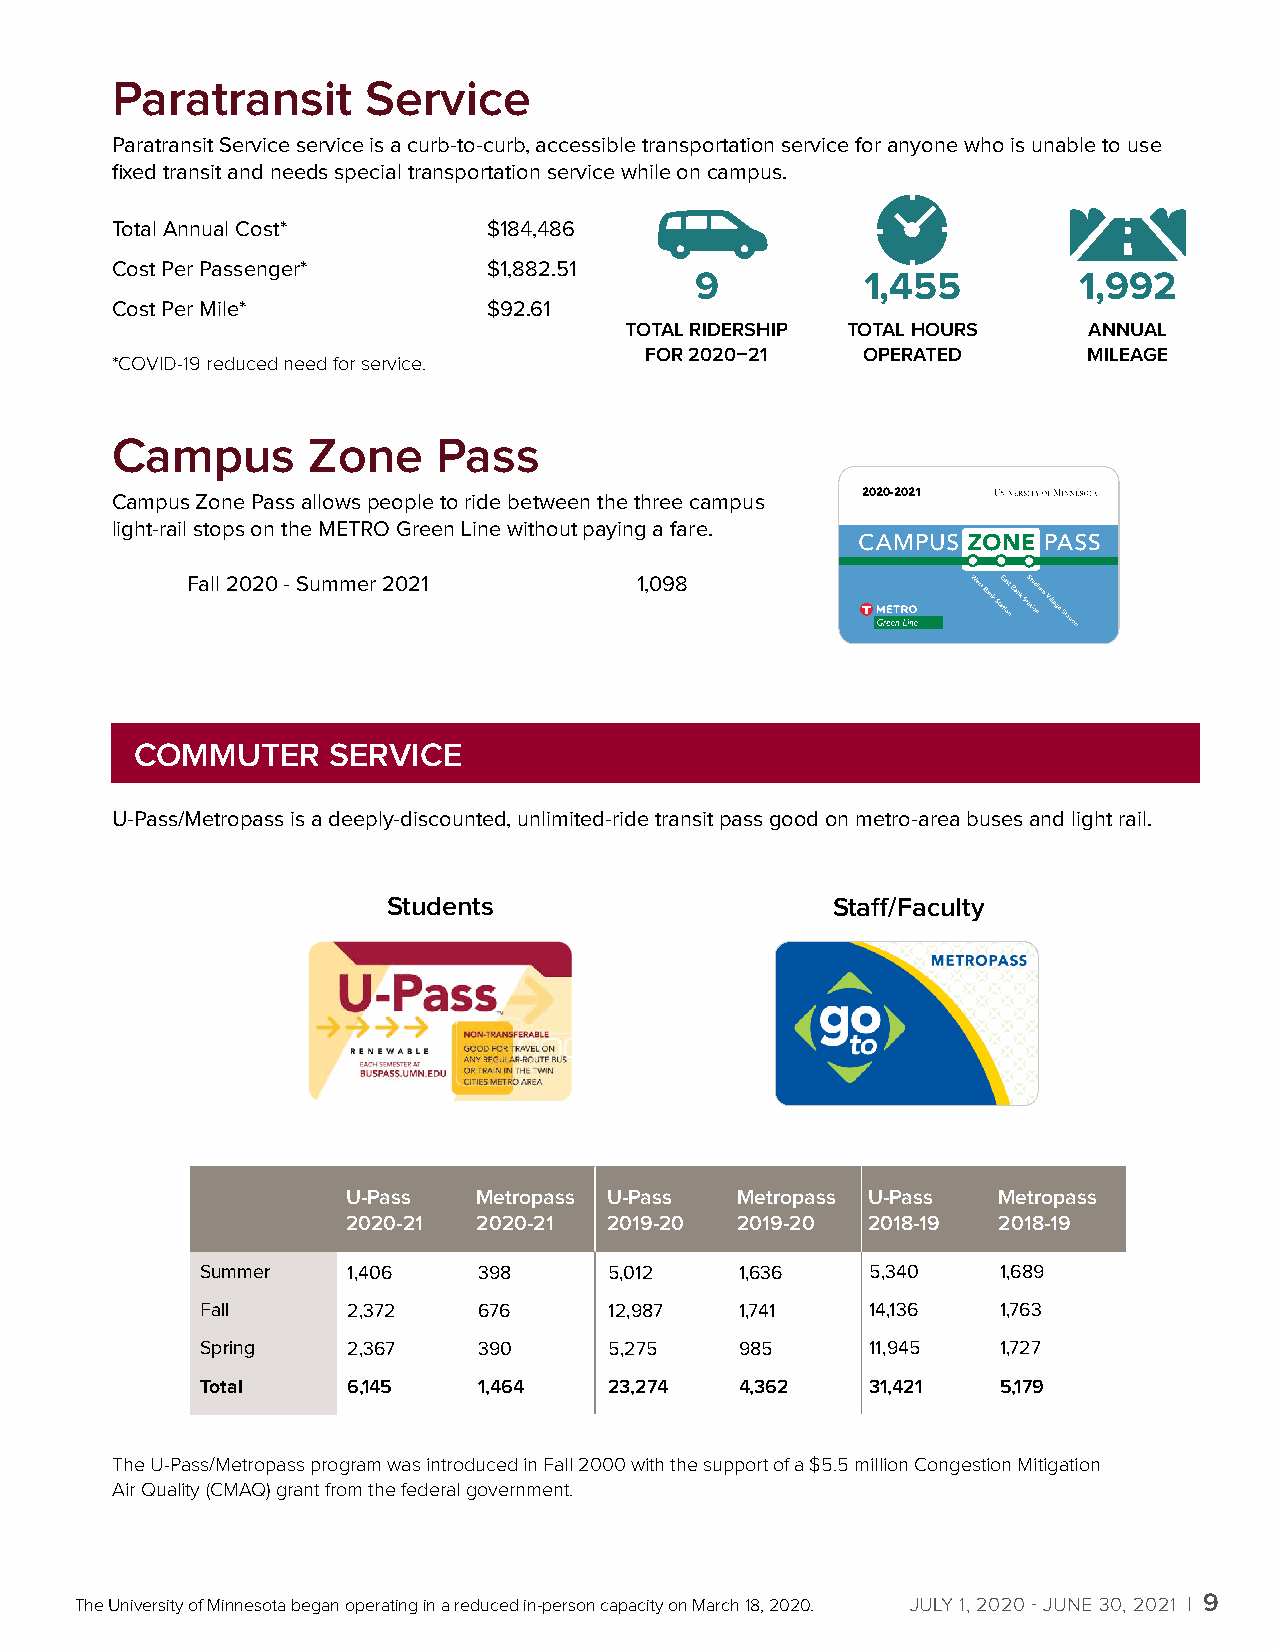
Paratransit      Service
 Pg 9 Paratransit Service
 Paratransit Service service is a curb-to-curb, accessible transportation service for anyone who is unable to use
 fixed transit and needs special transportation service while on campus.
 Total Annual Cost*       $184,486
 Cost Per Passenger*      $1,882.51
 9          1,455         1,992
 Cost Per Mile*           $92.61
 TOTAL RIDERSHIP TOTAL HOURS    ANNUAL
 FOR 2020–21   OPERATED       MILEAGE
 *COVID-19 reduced need for service.
 Campus       Zone     Pass
 Campus Zone Pass allows people to ride between the three campus 2020-2021
 light-rail stops on the METRO Green Line without paying a fare.
 Fall 2020 - Summer 2021       1,098
 COMMUTER     SERVICE
 U-Pass/Metropass is a deeply-discounted, unlimited-ride transit pass good on metro-area buses and light rail.
 Students                     Staff/Faculty
 U-Pass   Metropass U-Pass Metropass U-Pass Metropass
 2020-21  2020-21 2019-20  2019-20 2018-19  2018-19
 Summer    1,406    398     5,012    1,636    5,340   1,689
 Fall      2,372    676     12,987   1,741    14,136  1,763
 Spring    2,367    390     5,275    985      11,945  1,727
 Total     6,145    1,464   23,274   4,362    31,421  5,179
 The U-Pass/Metropass program was introduced in Fall 2000 with the support of a $5.5 million Congestion Mitigation
 Air Quality (CMAQ) grant from the federal government.
 The University of Minnesota began operating in a reduced in-person capacity on March 18, 2020. JULY 1, 2020 - JUNE 30, 2021 x 9